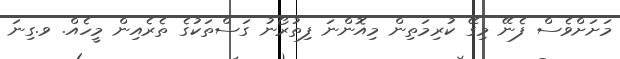
މަށަށްވެސް ފެނޭ މިގޭ ކުރިމަތިން މިއޮންނަ ފިތުރޯނު ގަސްތަކުގެ ތެރެއިން މީހެއް. ވ.ގިނަ